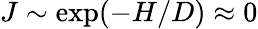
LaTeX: J\sim\exp(-H/D)\approx 0